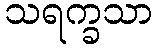
သရက္ခသာ